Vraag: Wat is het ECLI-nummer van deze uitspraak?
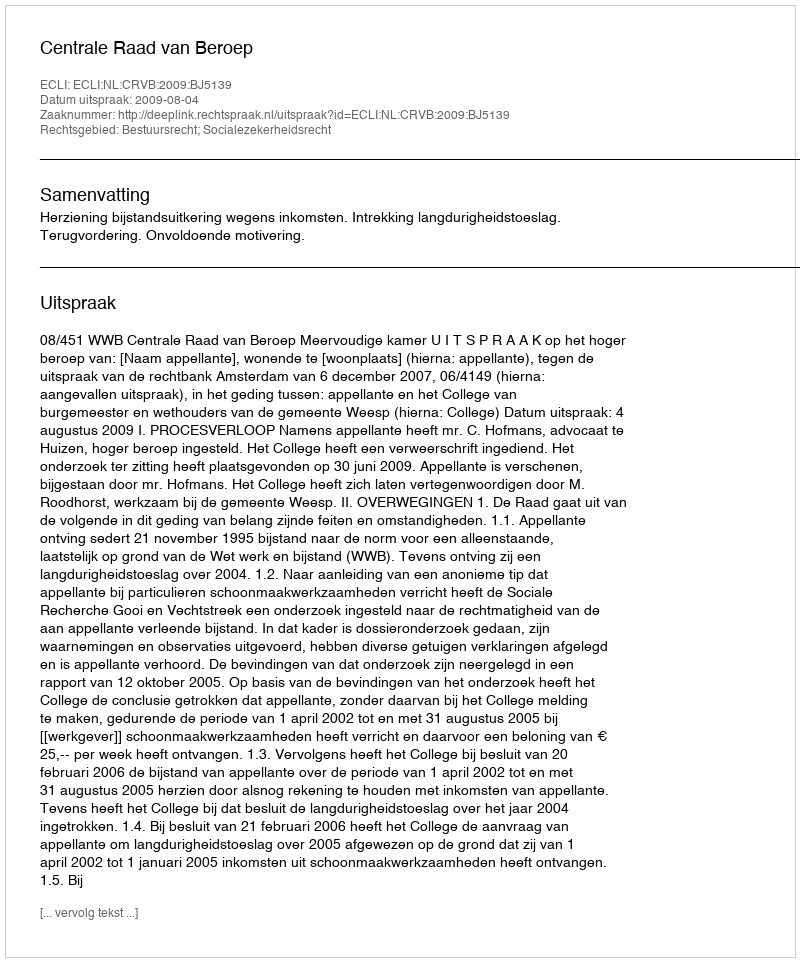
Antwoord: ECLI:NL:CRVB:2009:BJ5139